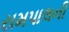
રામપાલની